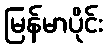
မြန်မာပိုင်း